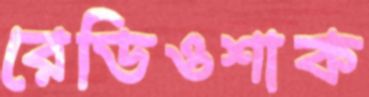
রেডিওশাক